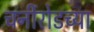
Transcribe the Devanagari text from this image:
चर्नीरोडच्या